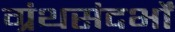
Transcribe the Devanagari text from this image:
ग्रंथसंदर्भों